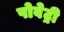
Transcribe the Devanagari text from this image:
पोवेट्री